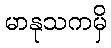
မာနုသကမှိ